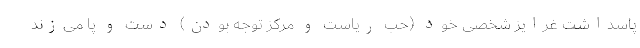
پاسداشت غرایز شخصی خود (حُب ریاست و مرکز توجه بودن) دست و پا می‌زند